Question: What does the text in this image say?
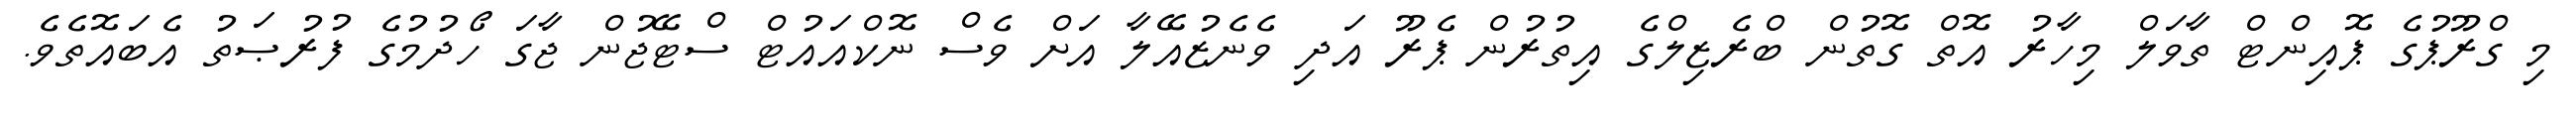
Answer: މި ގްރޫޕުގެ ޕޮއިންޓް ތާވަލް މިހާރު އޮތް ގޮތުން ބްރެޒިލްގެ އިތުރުން ޕެރޫ އަދި ވެނެޒުއޭލާ އަށް ވެސް ނޮކްއައުޓް ސްޓޭޖުން ޖާގަ ހޯދުމުގެ ފުރުޞަތު އެބައޮތެވެ.